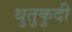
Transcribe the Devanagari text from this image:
थुतुकुदी